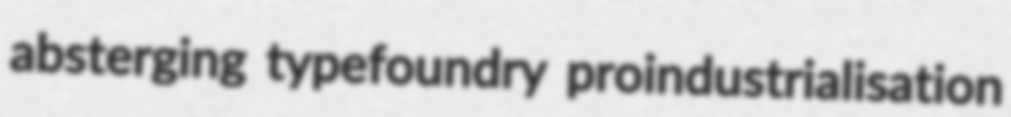
absterging typefoundry proindustrialisation